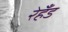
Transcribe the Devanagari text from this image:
रेहँड